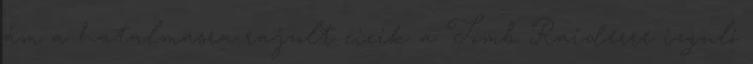
ám a hatalmasra rajzolt cicik a Tomb Raiderre izguló